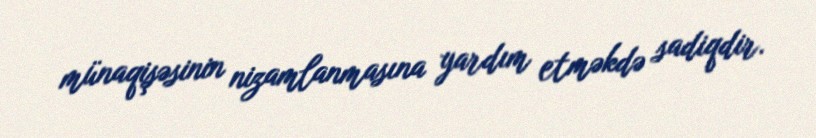
münaqişəsinin nizamlanmasına yardım etməkdə sadiqdir.